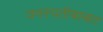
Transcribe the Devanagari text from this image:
वनस्पतीबाबत